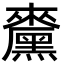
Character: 𪒁